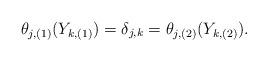
LaTeX: \begin{gather*}\theta_{j,(1)}(Y_{k,(1)})= \delta_{j,k}=\theta_{j,(2)}(Y_{k,(2)}). \end{gather*}